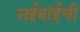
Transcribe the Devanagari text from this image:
सईबांईची